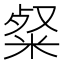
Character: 粲